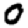
Digit: 0